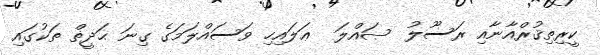
ކީރިތިޤުރްއާނާއި ރަސޫލު  ޞައްލަ  ޢަލައިހި ވަސައްލަމަގެ ގިނަ ޙަދީޡް ތަކުގައި